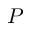
{ P }